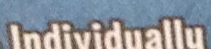
Individually